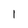
Character: 1